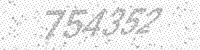
Solution: 754352